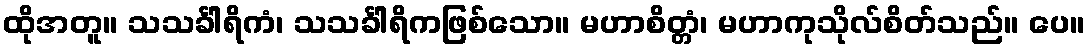
ထိုအတူ။ သသင်္ခါရိကံ၊ သသင်္ခါရိကဖြစ်သော။ မဟာစိတ္တံ၊ မဟာကုသိုလ်စိတ်သည်။ ပေ။